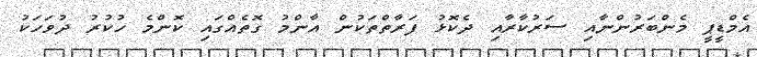
އެމްޑީޕީ މެންބަރުންނާއި ސަރުކާރާއި ދެކޮޅު ފަރާތްތަކުން އާންމު ގޮތެއްގައި ކޮންމެ ހުކުރު ދުވަހަކު